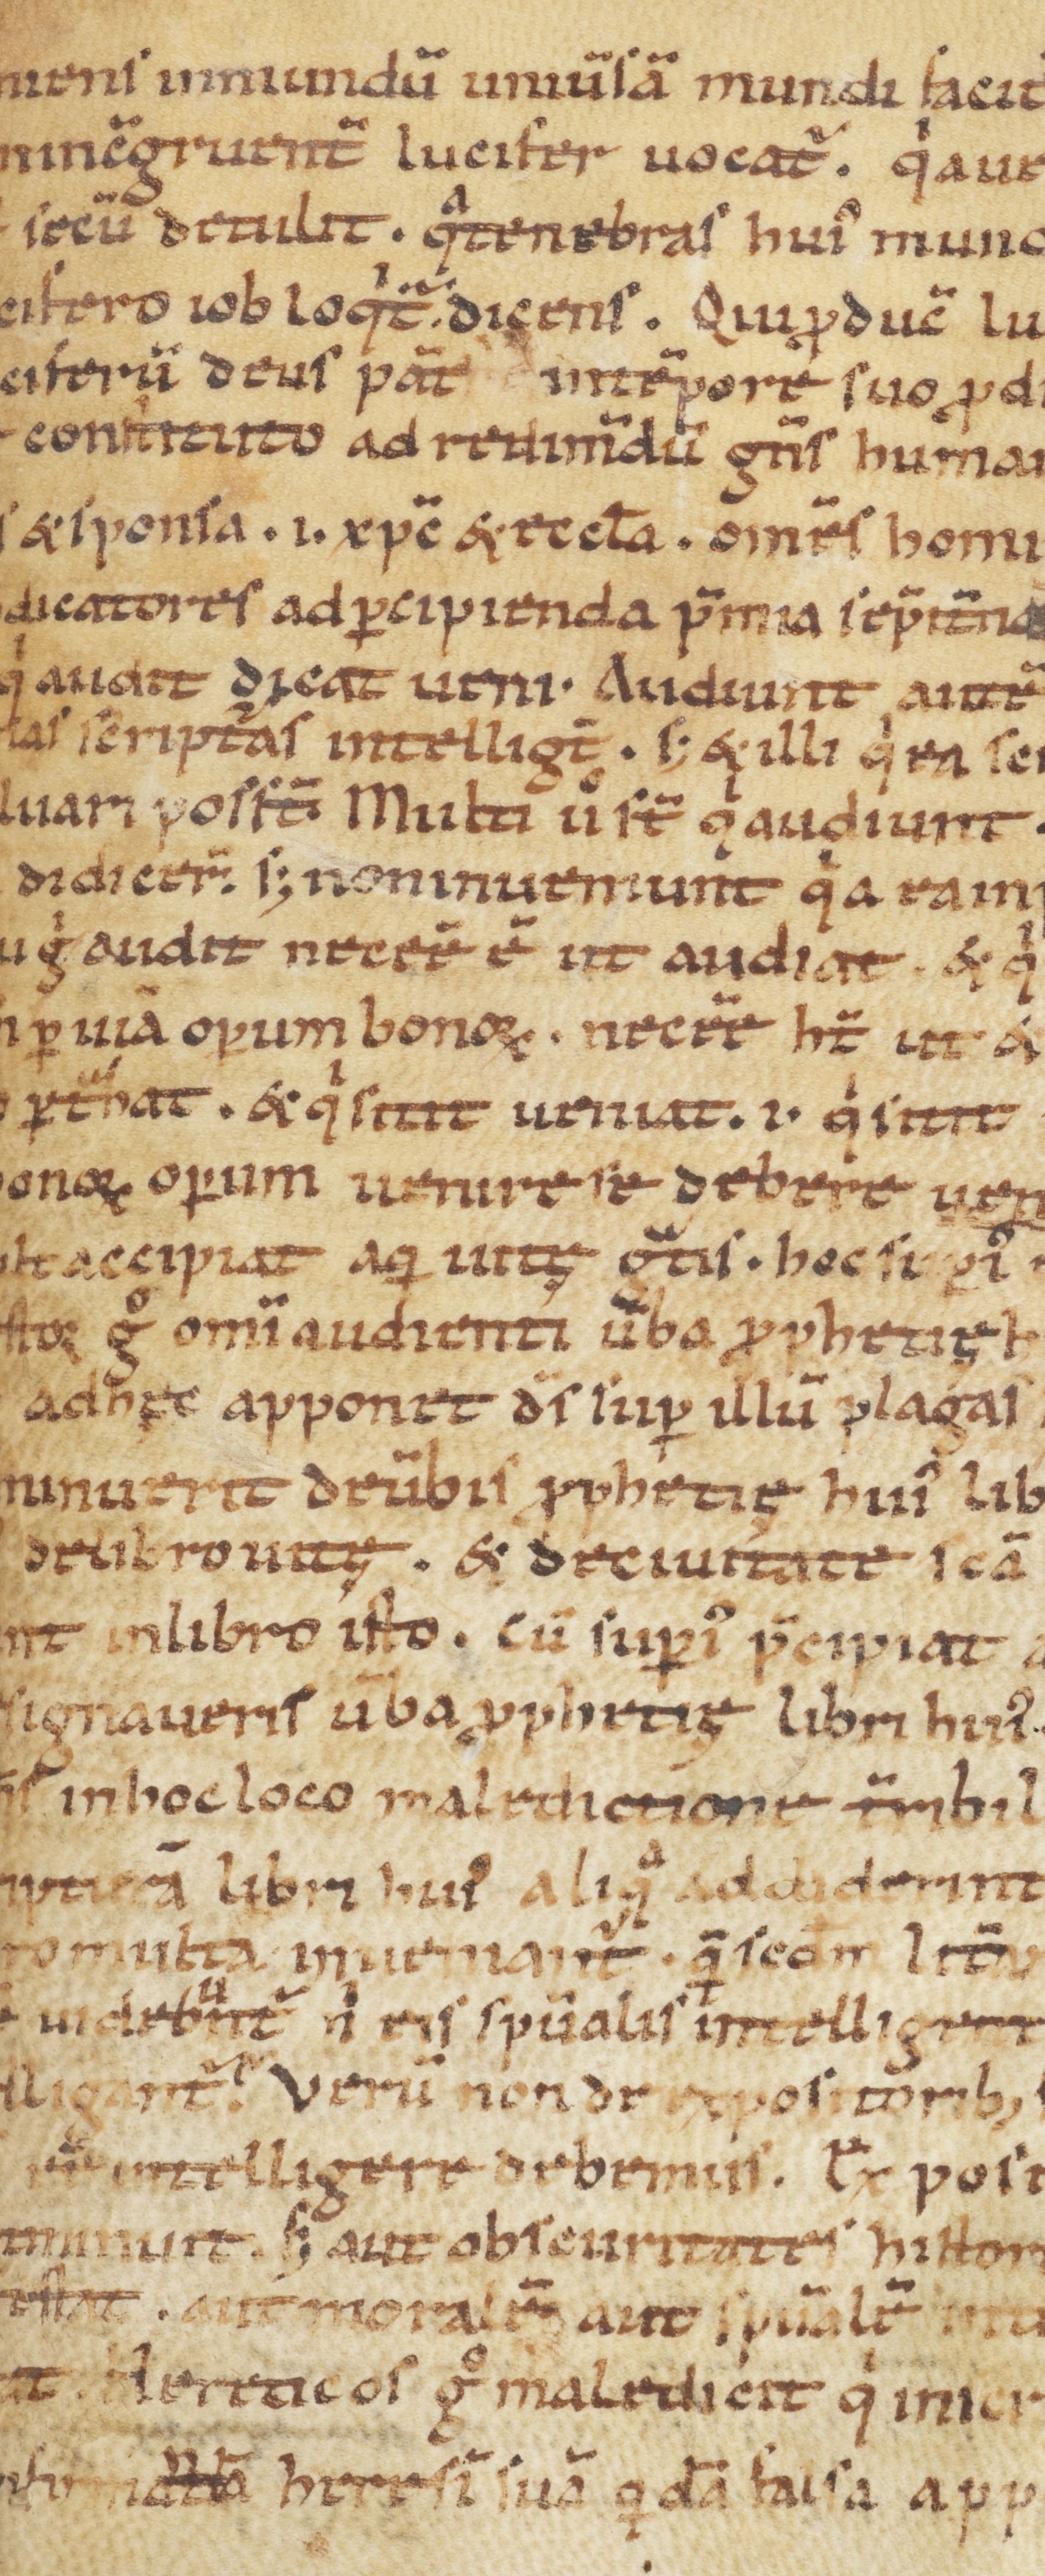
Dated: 1100–1199